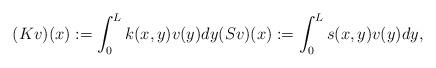
LaTeX: \begin{align*}(Kv)(x):=\int_0^L k(x,y)v(y)dy (Sv)(x):=\int_0^L s(x,y)v(y)dy, \end{align*}